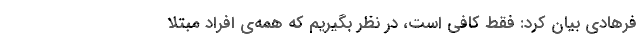
فرهادی بیان کرد: فقط کافی است، در نظر بگیریم که همه‌ی افراد مبتلا